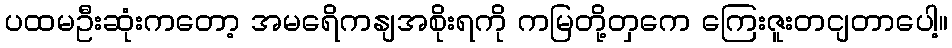
ပထမဦးဆုံးကတော့ အမရေိကနျအစိုးရကို ကမြတို့တှကေ ကြေးဇူးတငျတာပေါ့။